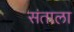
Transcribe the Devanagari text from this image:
संताला